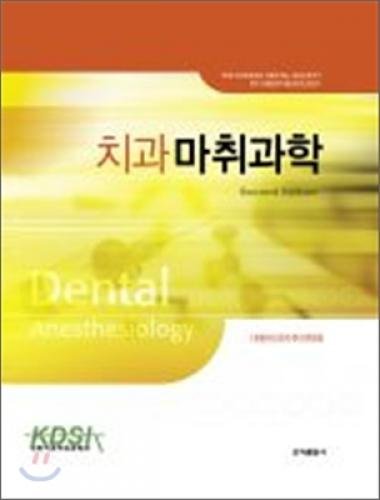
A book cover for Dental Anesthesiology (Korean edition); Dental Society of Anesthesiology; Medical Books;